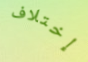
إختلاف